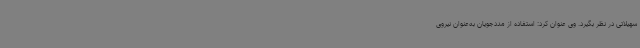
سهیلاتی در نظر بگیرد. وی عنوان کرد: استفاده از مددجویان به‌عنوان نیروی